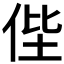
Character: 𠈺